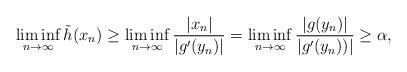
LaTeX: \begin{align*}\liminf_{n\to\infty} \tilde{h}(x_n)\ge\liminf_{n\to\infty}\frac{|x_n|}{|g'(y_n)|}=\liminf_{n\to\infty}\frac{|g(y_n)|}{|g'(y_n))|}\ge \alpha,\end{align*}